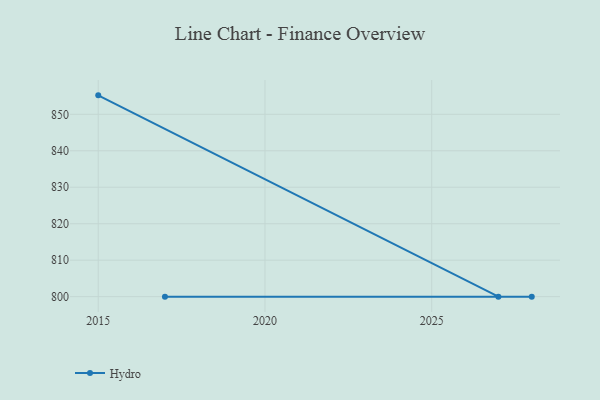
{"axis": {"x": "Year", "y": "LTV (USD)"}, "legend": ["Hydro"], "data": [{"x": "2015", "y": 855.2, "type": "Hydro"}, {"x": "2027", "y": 800, "type": "Hydro"}, {"x": "2017", "y": 800, "type": "Hydro"}, {"x": "2028", "y": 800, "type": "Hydro"}]}